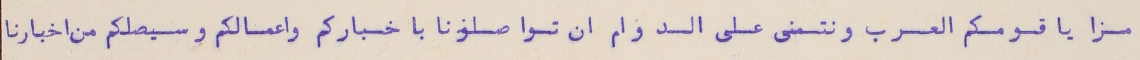
مزايا قومكم العرب ونتمنى على الدوام ان تواصلونا باخباركم واعمالكم وسيصلكم من اخبارنا